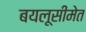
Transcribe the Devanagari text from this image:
बयलूसीमेत